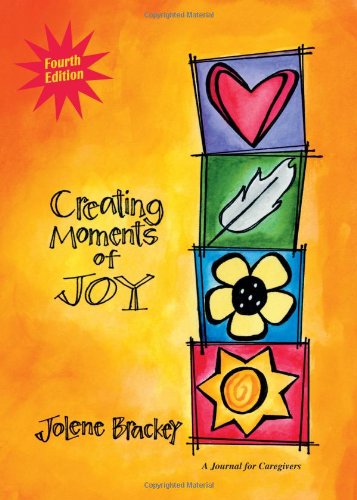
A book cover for Creating Moments of Joy for the Person with Alzheimer's or Dementia: A Journal for Caregivers, Fourth Edition; Jolene Brackey; Parenting & Relationships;